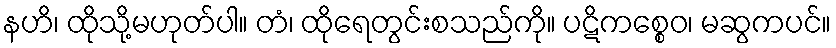
နဟိ၊ ထိုသို့မဟုတ်ပါ။ တံ၊ ထိုရေတွင်းစသည်ကို။ ပဋိကစ္စေဝ၊ မဆွကပင်။